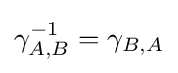
\gamma _{A,B}^{-1}=\gamma _{B,A}